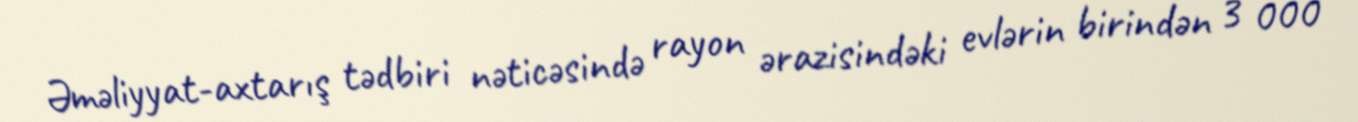
Əməliyyat-axtarış tədbiri nəticəsində rayon ərazisindəki evlərin birindən 3 000